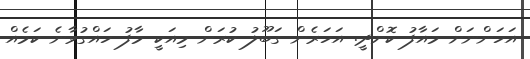
އަހަންނަށް މައާފު ކޮށްދީ. އަހަރެން ގަބޫލު ކުރަން މިއަކީ މާފު ހައްގުވާނެ ކަމެއް